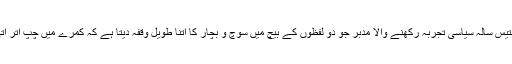
تب پینتیس سالہ سیاسی تجربہ رکھنے والا مدبر جو دو لفظوں کے بیچ میں سوچ و بچار کا اتنا طویل وقفہ دیتا ہے کہ کمرے میں چپ اتر آتی ہے۔